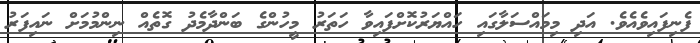
ފެނިފައިވެއެވެ. އަދި މިމައްސަލާގައި ހައްޔަރުކޮށްފައިވާ ހަތަރު މީހުންގެ ބަންދާމެދު ގޮތެއް ނިންމުމަށް ނައިފަރު